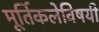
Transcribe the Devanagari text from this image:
मूर्तिकलेविषयी